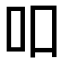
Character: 吅